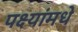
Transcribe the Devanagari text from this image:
पक्ष्यांमधे